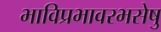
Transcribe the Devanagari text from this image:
भाविप्रभावरभसेषु